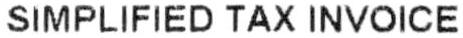
SIMPLIFIED TAX INVOICE